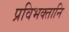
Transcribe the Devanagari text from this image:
प्रविभक्तानि